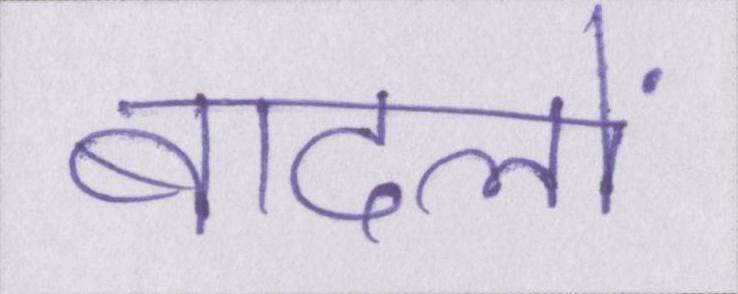
बादलों